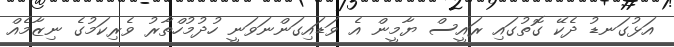
އަޅުގަނޑު ދެކޭ ގޮތުގައި ރައީސް ޔާމީން އެ ވަޑައިގަންނަވަނީ ހުދުމުހްތާރު ވެރިކަމުގެ ނިޒާމެއް